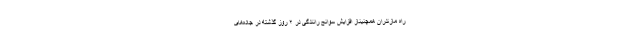
راه مازندران همچنیناز افزایش سوانح رانندگی در ۲ روز گذشته در جاده‌های